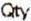
QTY